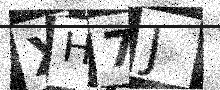
Text: XH7J